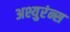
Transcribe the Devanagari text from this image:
अश्युरंन्स